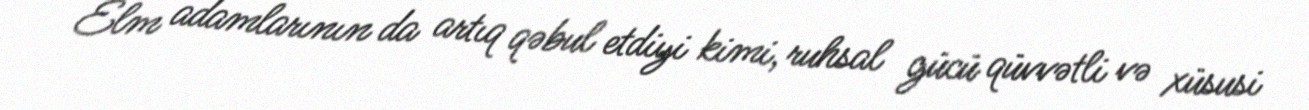
Elm adamlarının da artıq qəbul etdiyi kimi, ruhsal gücü qüvvətli və xüsusi